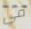
في